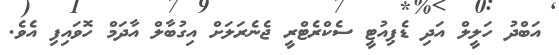
އަބްދު ހަލީލް އަދި ޑެޕިއުޓީ ސެކްރެޓްރީ ޖެނެރަލަށް އިގުބާލް އާދަމް ހޮވައިފި އެވެ.